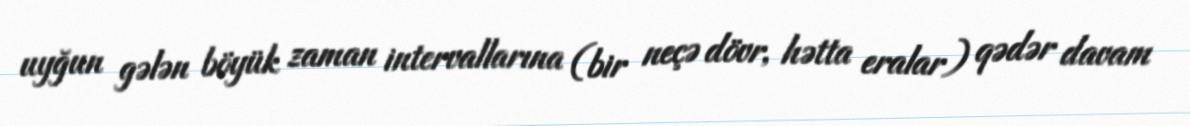
uyğun gələn böyük zaman intervallarına (bir neçə dövr, hətta eralar) qədər davam